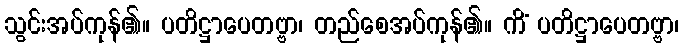
သွင်းအပ်ကုန်၏။ ပတိဋ္ဌာပေတဗ္ဗာ၊ တည်စေအပ်ကုန်၏။ ကိံ ပတိဋ္ဌာပေတဗ္ဗာ၊